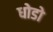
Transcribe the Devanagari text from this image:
धोडो